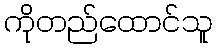
ကိုတည်ထောင်သူ